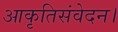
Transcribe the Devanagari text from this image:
आकृतिसंवेदन।